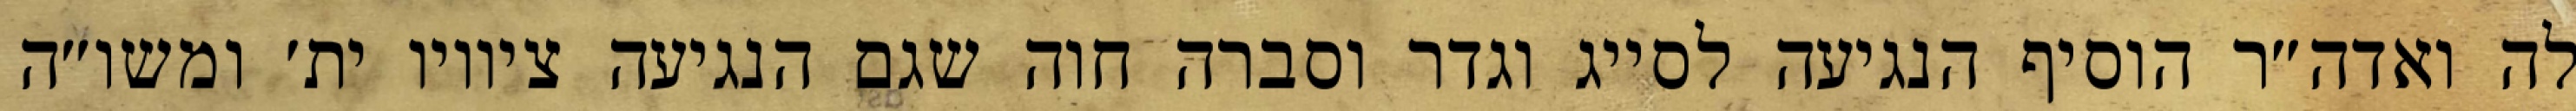
לה ואדה״ר הוסיף הנגיעה לסייג וגדר וסברה חוה שגם הנגיעה ציוויו ית׳ ומשו״ה